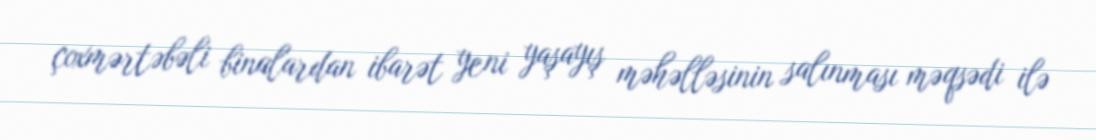
çoxmərtəbəli binalardan ibarət yeni yaşayış məhəlləsinin salınması məqsədi ilə